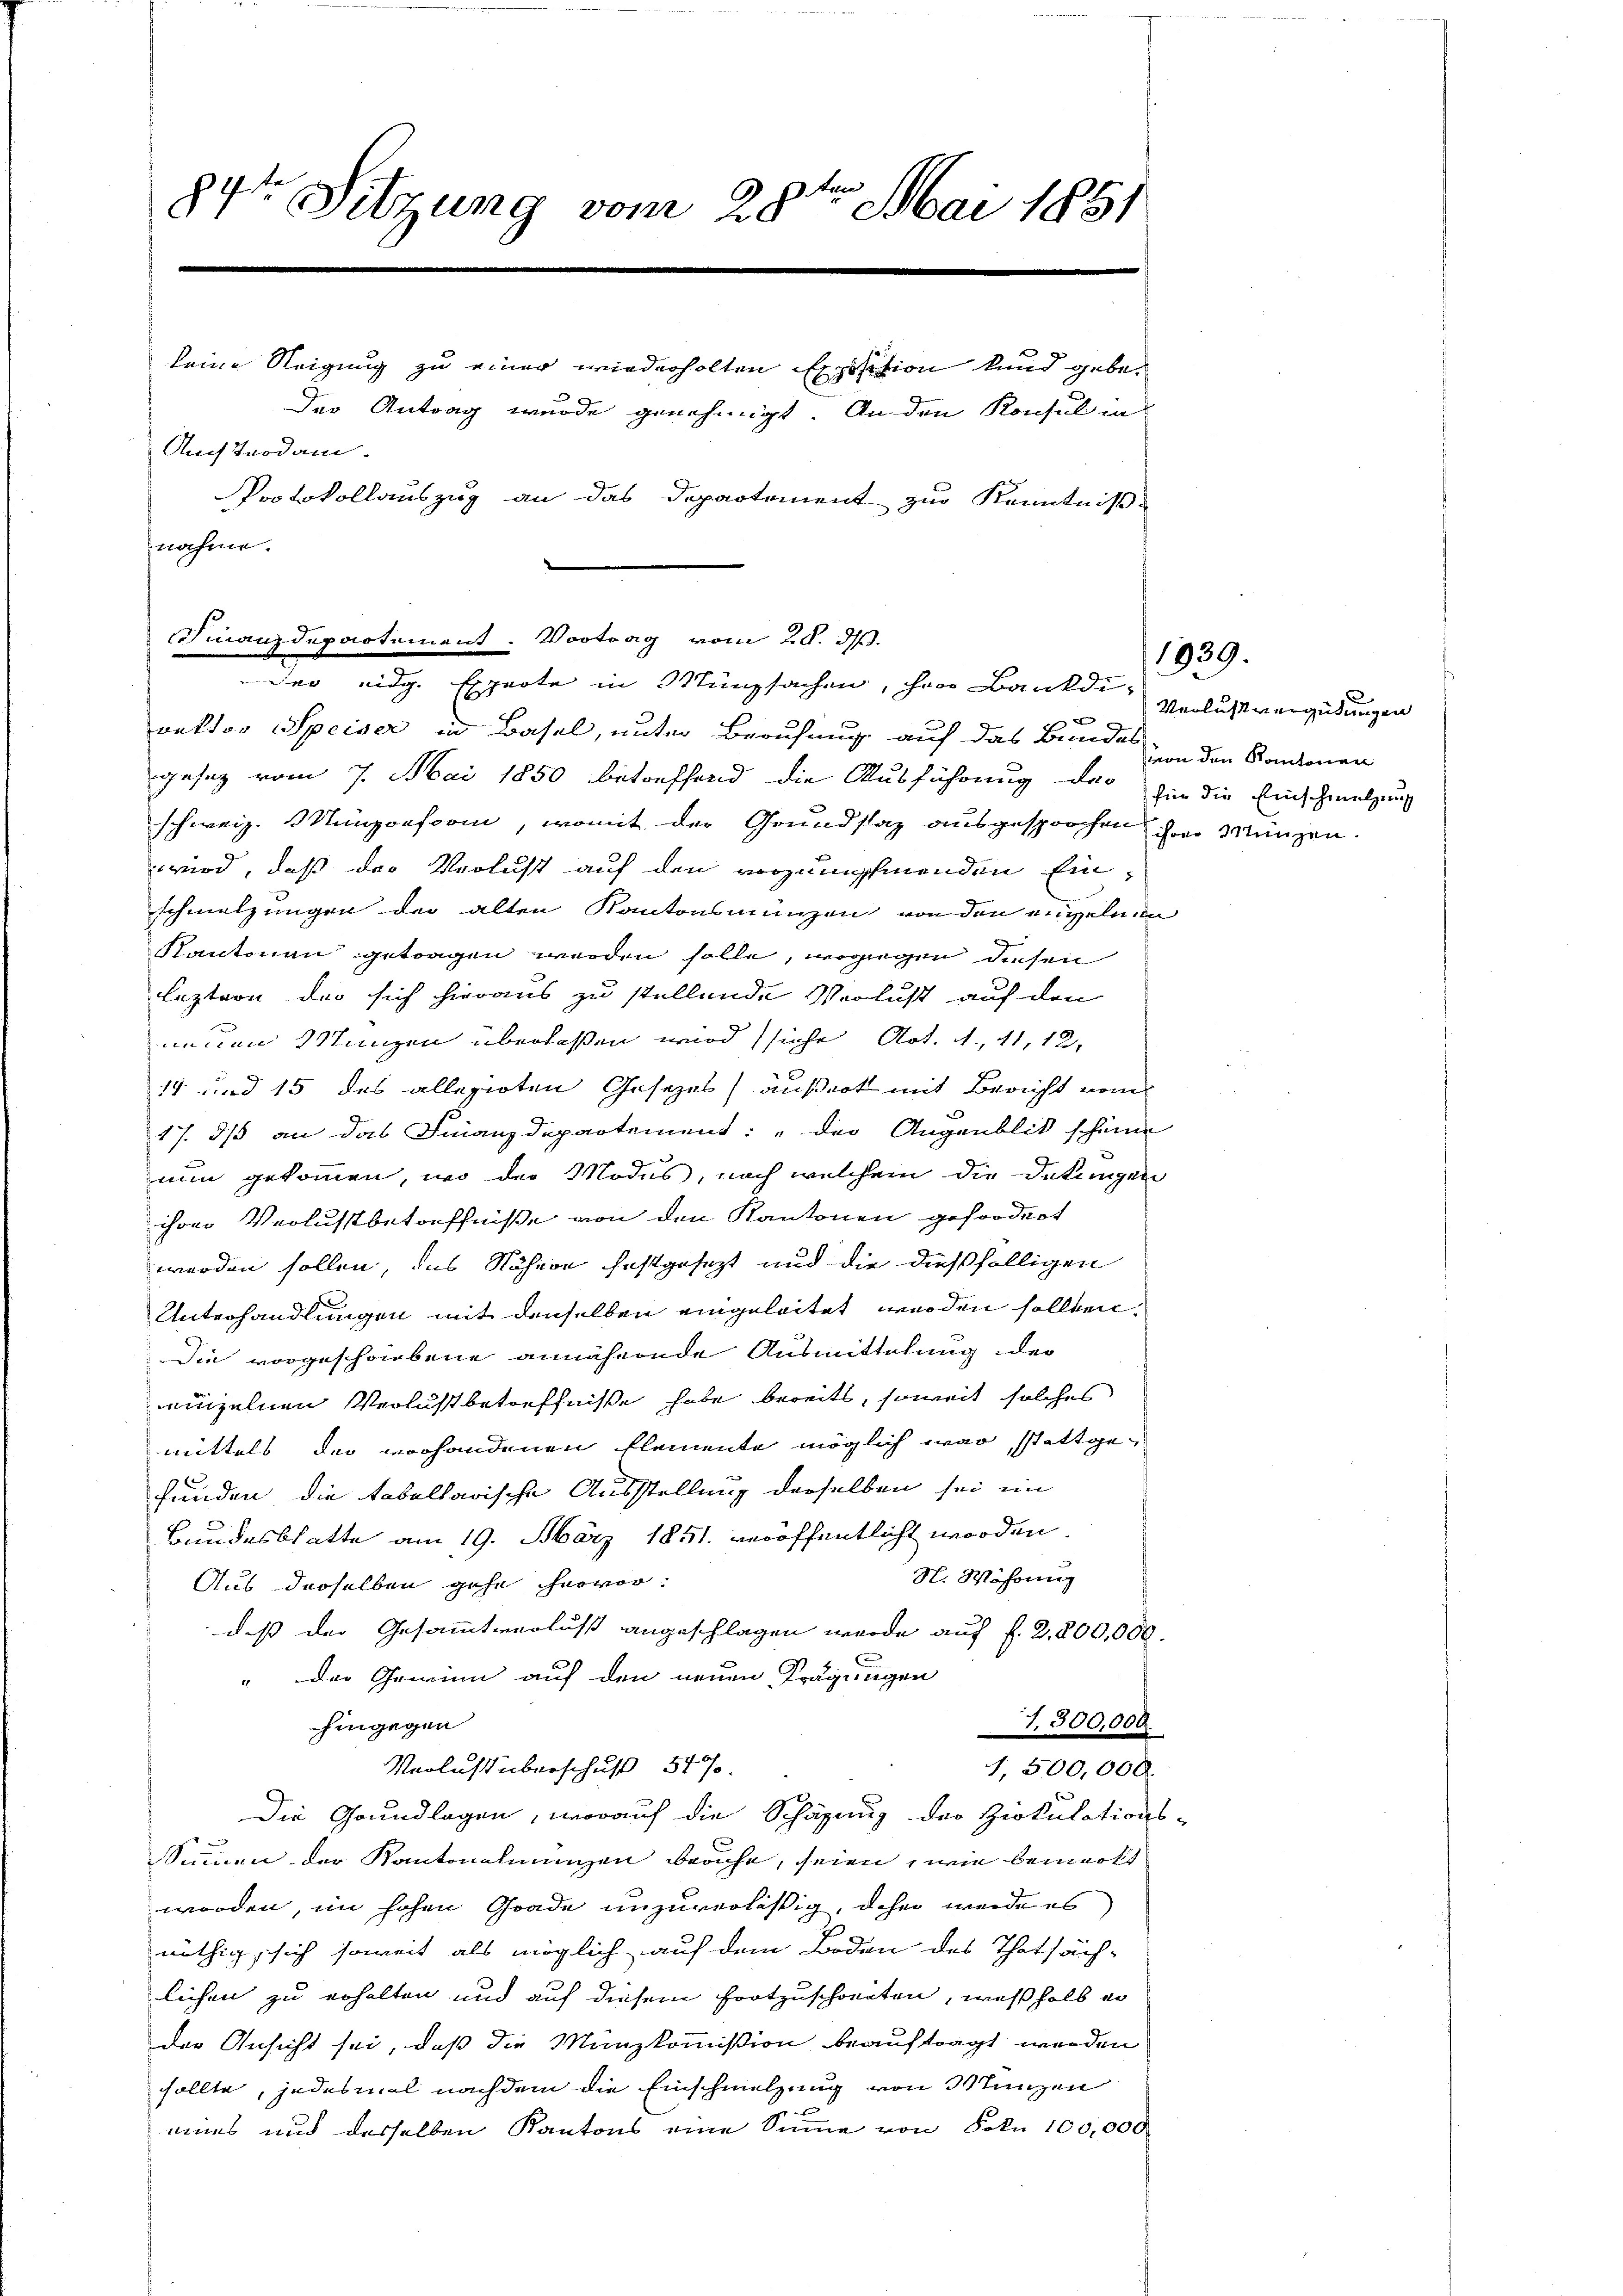
84te Sitzung vom 28ten Mai 1851

Auch Teodam.
Protokollauszug an das Departement zur Kenntniß
nahme.

keine Neigung zu einer wiederholten Exposition kund gebe¬
Der Antrag wurde genehmigt. An den Konsul in

0 x
vektor Speiser in Basel, unter Berufung auf das Bundes
gesetz vom 7. Mai 1850 betreffend die Ausführung der hin die Einschmelzung
schweiz. Müngonform, womit der Grundstag ausgesprochen ihrer Münzen.
wird, daß der Verlust auf den vorzumphmenden Ein-
schmelzungen der alten Kantonsmünzen von den einzelnen
Kantonen getragen werden solle, wogegen diesen
leztern der sich hieraus zu stellende Verlust auf den
neuen Manzen überlaßen wird siche Art. 4, 11, 12,
14 und 15 des allegirten Gesetzes) äußert mit Bericht vom
17. ds an das Finanzdepartement: „Der Augenblik scheine
nun gekommen, wo der Modus, nach welchem die Dekungen
ihrer Verlustbetreffniße von den Kantonen gefordert
werden sollen, das Nähern festgesezt und die dießfälligen
Unterhandlungen mit denselben eingeleitet werden sollten.
Die vorgeschriebene annahmende Ausmittelung der
einzelnen Verlust betreffniße habe bereits, soweit solches
mittels der vorhandenen Elemente möglich war, stattgefunden, die tabellarische Ausstellung derselben sei im
Bundesblatte am 19. März 1851. veröffentlicht worden.
N. Währung
Aus derselben gehe hervor:
daß der Gesammtverluss angeschlagen werde auf f. 2,200,000.
" der Gewinn auf den neuen Prägungen
1.300,000.
hingegen
Verlust überschuß 547.
1,500,000.
Die Grundlagen, worauf die Schafung der Zirkulations-
Summen der Kantonalmünzen beruhe, seien, wie bemerkt,
worden, im hohen Grade unzuverlässig, daher werde es
nöthig, sich soweit als möglich auf dem Boden des Thatsäch-
lichen zu erhalten und auf diesem Frotzuschreiten, weßhalb er
der Ansicht sei, daß die Münzkommißion beauftragt werden
sollte, jedesmal nachdem die Einschmelzung von Münzen
eines und derselben Kantons eine Sinne von Bote 100,000

Finanzdepartement. Vortrag vom 20. d.
der eidge Experte in Münzsachen, ihrer Bankdi, Verlustrengerungen

1939.

sion den Kantonen